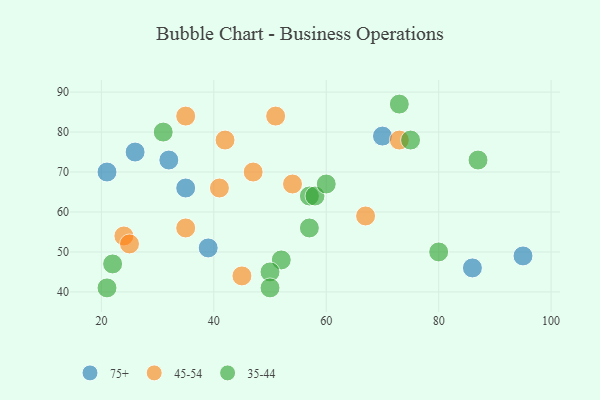
{"axis": {"x": "GDP", "y": "Life Expectancy"}, "legend": ["35-44", "45-54", "75+"], "data": [{"x": "26", "y": 75, "type": "75+"}, {"x": "21", "y": 70, "type": "75+"}, {"x": "32", "y": 73, "type": "75+"}, {"x": "35", "y": 66, "type": "75+"}, {"x": "95", "y": 49, "type": "75+"}, {"x": "70", "y": 79, "type": "75+"}, {"x": "86", "y": 46, "type": "75+"}, {"x": "39", "y": 51, "type": "75+"}, {"x": "41", "y": 66, "type": "45-54"}, {"x": "51", "y": 84, "type": "45-54"}, {"x": "24", "y": 54, "type": "45-54"}, {"x": "73", "y": 78, "type": "45-54"}, {"x": "42", "y": 78, "type": "45-54"}, {"x": "54", "y": 67, "type": "45-54"}, {"x": "45", "y": 44, "type": "45-54"}, {"x": "25", "y": 52, "type": "45-54"}, {"x": "35", "y": 84, "type": "45-54"}, {"x": "67", "y": 59, "type": "45-54"}, {"x": "47", "y": 70, "type": "45-54"}, {"x": "35", "y": 56, "type": "45-54"}, {"x": "22", "y": 47, "type": "35-44"}, {"x": "75", "y": 78, "type": "35-44"}, {"x": "52", "y": 48, "type": "35-44"}, {"x": "21", "y": 41, "type": "35-44"}, {"x": "73", "y": 87, "type": "35-44"}, {"x": "87", "y": 73, "type": "35-44"}, {"x": "57", "y": 56, "type": "35-44"}, {"x": "57", "y": 64, "type": "35-44"}, {"x": "58", "y": 64, "type": "35-44"}, {"x": "50", "y": 45, "type": "35-44"}, {"x": "80", "y": 50, "type": "35-44"}, {"x": "60", "y": 67, "type": "35-44"}, {"x": "50", "y": 41, "type": "35-44"}, {"x": "31", "y": 80, "type": "35-44"}]}